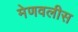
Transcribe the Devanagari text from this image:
मेणवलीस